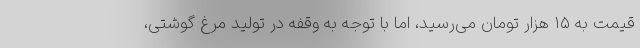
قیمت به ۱۵ هزار تومان می‌رسید، اما با توجه به وقفه در تولید مرغ گوشتی،